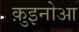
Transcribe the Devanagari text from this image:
क़ुइनोआ